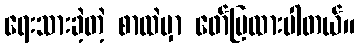
ရေးသားခဲ့တဲ့ စာထဲမှာ ဖော်ပြထားပါတယ်။